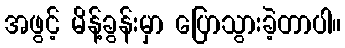
အဖွင့် မိန့်ခွန်းမှာ ပြောသွားခဲ့တာပါ။